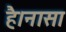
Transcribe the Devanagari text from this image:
है।नासा